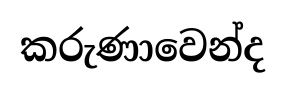
කරුණාවෙන්ද